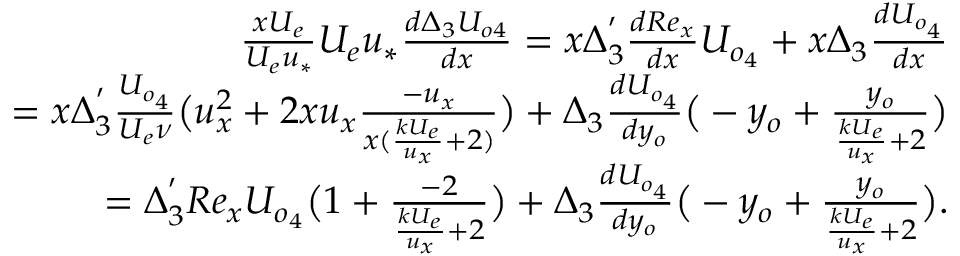
\begin{array} { r } { \frac { x U _ { e } } { U _ { e } u _ { * } } U _ { e } u _ { * } \frac { d \Delta _ { 3 } U _ { o 4 } } { d x } = x \Delta _ { 3 } ^ { ' } \frac { d R e _ { x } } { d x } U _ { o _ { 4 } } + x \Delta _ { 3 } \frac { d U _ { o _ { 4 } } } { d x } } \\ { = x \Delta _ { 3 } ^ { ' } \frac { U _ { o _ { 4 } } } { U _ { e } \nu } \big ( u _ { x } ^ { 2 } + 2 x u _ { x } \frac { - u _ { x } } { x ( \frac { k U _ { e } } { u _ { x } } + 2 ) } \big ) + \Delta _ { 3 } \frac { d U _ { o _ { 4 } } } { d y _ { o } } \big ( - y _ { o } + \frac { y _ { o } } { \frac { k U _ { e } } { u _ { x } } + 2 } \big ) } \\ { = \Delta _ { 3 } ^ { ' } R e _ { x } U _ { o _ { 4 } } \big ( 1 + \frac { - 2 } { \frac { k U _ { e } } { u _ { x } } + 2 } \big ) + \Delta _ { 3 } \frac { d U _ { o _ { 4 } } } { d y _ { o } } \big ( - y _ { o } + \frac { y _ { o } } { \frac { k U _ { e } } { u _ { x } } + 2 } \big ) . } \end{array}